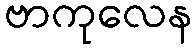
ဗာကုလေန